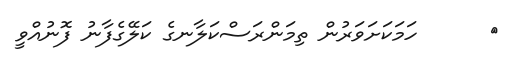
٨      ހަމަކަށަވަރުން ތިމަންރަސްކަލާނގެ ކަލޭގެފާނު ފޮނުއްވީ